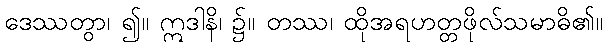
ဒေဿတွာ၊ ၍။ ဣဒါနိ၊ ၌။ တဿ၊ ထိုအရဟတ္တဖိုလ်သမာဓိ၏။